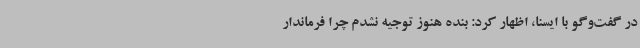
در گفت‌وگو با ایسنا، اظهار کرد: بنده هنوز توجیه نشدم چرا فرماندار